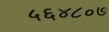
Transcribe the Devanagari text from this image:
५६४८०७